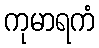
ကုမာရကံ